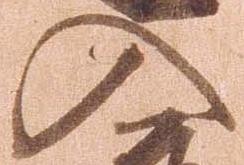
入